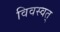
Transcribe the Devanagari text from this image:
विवस्वत्